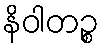
နိဝါတဉ္စ